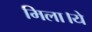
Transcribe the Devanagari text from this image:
मिला।ये